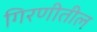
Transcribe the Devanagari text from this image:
गिरणीतील